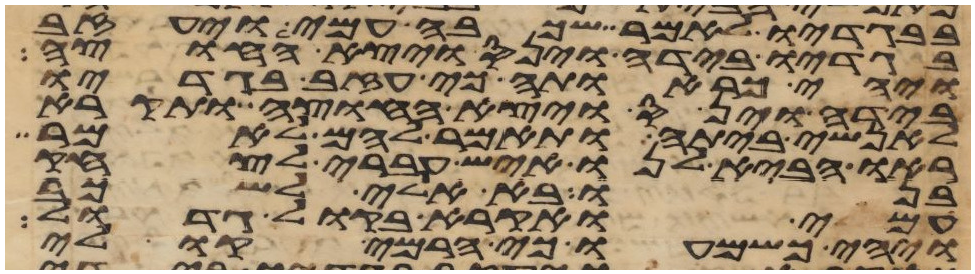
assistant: בבגדיו לאמר שכבה עמי ויעזב
בגדיו בידה וינס ויצא החוצה
ויהי כראותה כי עזב בגדיו
בידה וינס ויצא החוצה ותקרא
לאנשי ביתה ותאמר להם לאמר
ראו הביא לנו איש עברי לצחק
בנו בא אלי לשכב
עמי ואקרא בקול גדול
ויהי כשמעו כי הרמי קולי